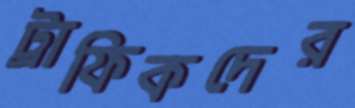
ট্রাফিকদের